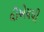
વીએચપી